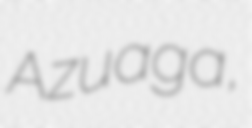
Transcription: Azuaga,